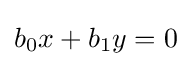
b_{0}x+b_{1}y=0